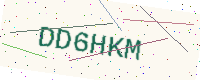
Text: DD6HKM